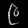
Digit: ၉